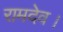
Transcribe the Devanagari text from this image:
रामदेव।